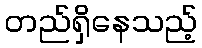
တည်ရှိနေသည့်